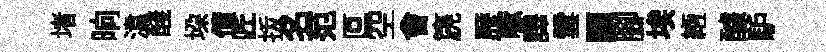
堵晌湋醆垜債匠㧞名范叵空會篪歴啄譯雲顓腳埃縆醵馿